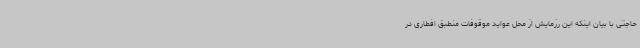
حاجتی با بیان اینکه این رزمایش از محل عواید موقوفات منطبق افطاری در